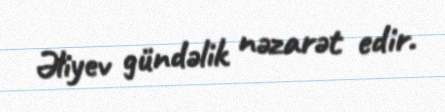
Əliyev gündəlik nəzarət edir.